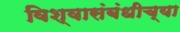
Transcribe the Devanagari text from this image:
विश्वासंबंधीच्या